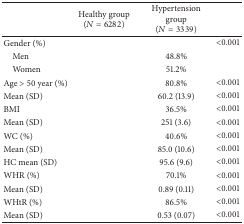
<table><thead><tr><td>[EMPTY_CELL]</td><td><b>Healthy group (<i>N</i> = 6282)</b></td><td><b>Hypertension group (<i>N</i> = 3339)</b></td><td>[EMPTY_CELL]</td></tr></thead><tbody><tr><td>Gender (%)</td><td>[EMPTY_CELL]</td><td>[EMPTY_CELL]</td><td>&lt;0.001</td></tr><tr><td> Men</td><td>[EMPTY_CELL]</td><td>48.8%</td><td>[EMPTY_CELL]</td></tr><tr><td> Women</td><td>[EMPTY_CELL]</td><td>51.2%</td><td>[EMPTY_CELL]</td></tr><tr><td>Age &gt; 50 year (%)</td><td>[EMPTY_CELL]</td><td>80.8%</td><td>&lt;0.001</td></tr><tr><td>Mean (SD)</td><td>[EMPTY_CELL]</td><td>60.2 (13.9)</td><td>&lt;0.001</td></tr><tr><td>BMI</td><td>[EMPTY_CELL]</td><td>36.5%</td><td>&lt;0.001</td></tr><tr><td>Mean (SD)</td><td>[EMPTY_CELL]</td><td>251 (3.6)</td><td>&lt;0.001</td></tr><tr><td>WC (%)</td><td>[EMPTY_CELL]</td><td>40.6%</td><td>&lt;0.001</td></tr><tr><td>Mean (SD)</td><td>[EMPTY_CELL]</td><td>85.0 (10.6)</td><td>&lt;0.001</td></tr><tr><td>HC mean (SD)</td><td>[EMPTY_CELL]</td><td>95.6 (9.6)</td><td>&lt;0.001</td></tr><tr><td>WHR (%)</td><td>[EMPTY_CELL]</td><td>70.1%</td><td>&lt;0.001</td></tr><tr><td>Mean (SD)</td><td>[EMPTY_CELL]</td><td>0.89 (0.11)</td><td>&lt;0.001</td></tr><tr><td>WHtR (%)</td><td>[EMPTY_CELL]</td><td>86.5%</td><td>&lt;0.001</td></tr><tr><td>Mean (SD)</td><td>[EMPTY_CELL]</td><td>0.53 (0.07)</td><td>&lt;0.001</td></tr></tbody></table>